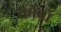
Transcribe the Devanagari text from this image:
कोप्रो